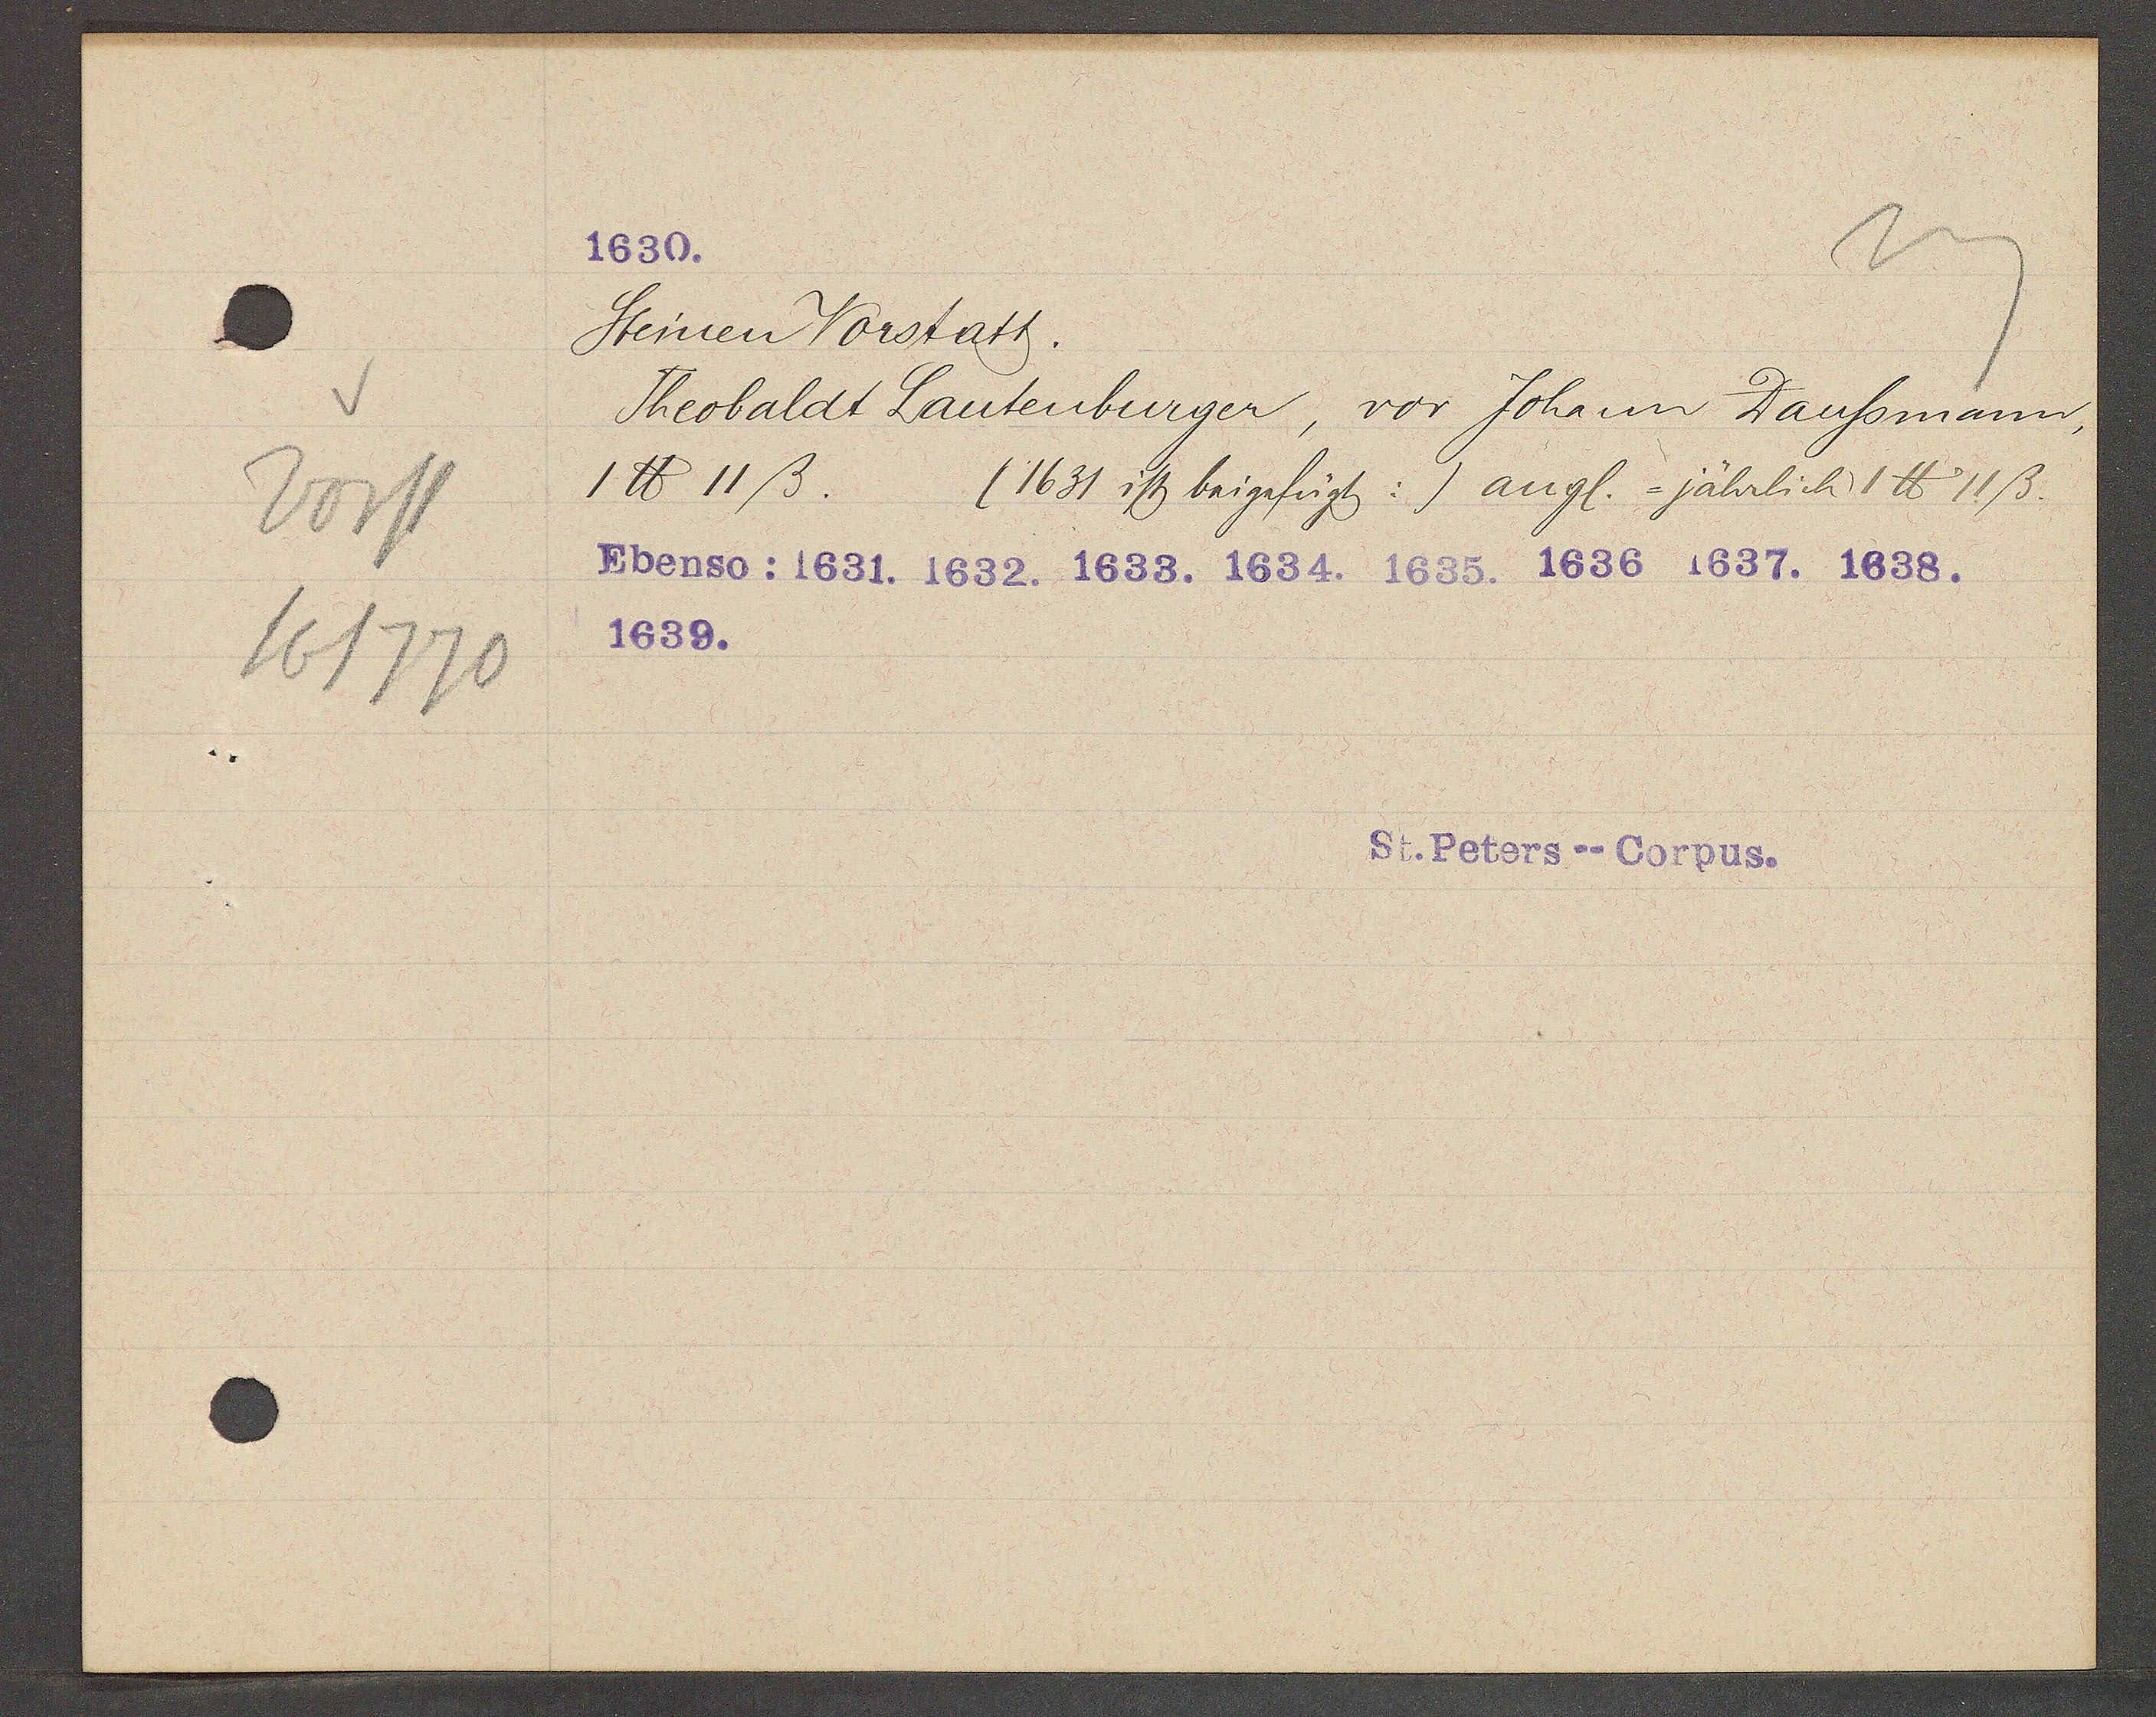
Transcript:
Vorst
16/1770

1630.

Steinen Vorstatt.
Theobaldt Lautenburger, vor Johann Daussmann,
1 ℔ 11ß. (1631 ist baigfügt:) angl. =jährlich 1 ℔ 11ß.
Ebenso: 1631. 1632. 1633. 1634. 1635. 1636 1637. 1638.
1639.

St. Peters--Corpus.